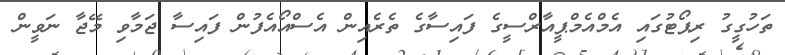
ތަހުގީގު ރިޕޯޓުގައި އެމްއެމްޕީއާރްސީގެ ފައިސާގެ ތެރެއިން އެސްއޯއެފުން ފައިސާ ޖަމާވި މޭޖާ ނަވީން